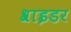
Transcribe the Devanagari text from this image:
श्राइडर